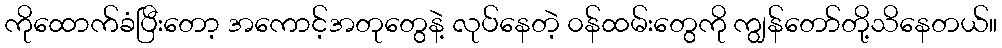
ကိုထောက်ခံပြီးတော့ အကောင့်အတုတွေနဲ့ လုပ်နေတဲ့ ၀န်ထမ်းတွေကို ကျွန်တော်တို့သိနေတယ်။